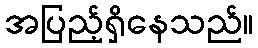
အပြည့်ရှိနေသည်။